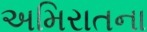
અમિરાતના